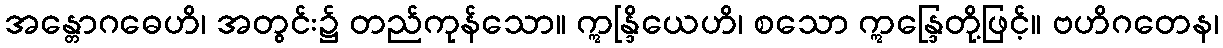
အန္တောဂဓေဟိ၊ အတွင်း၌ တည်ကုန်သော။ ဣန္ဒြိယေဟိ၊ စသော ဣန္ဒြေတို့ဖြင့်။ ဗဟိဂတေန၊